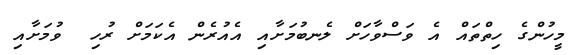
މީހުންގެ ހިތްތައް އެ ވަސްވާހަށް ލެނބުމަށާއި އެއުރެން އެކަމަށް ރުހި  ވުމަށާއި